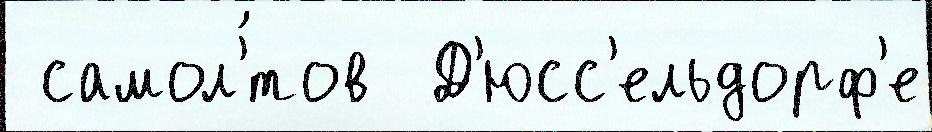
 самол'́тов  Д'юсс'ельдорф'е